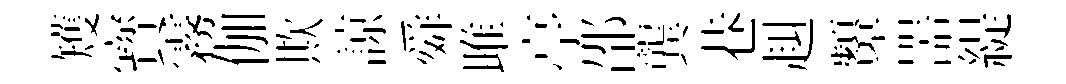
矱寳霧伽欺諒舜雎亭邵龔巷赳顰噐緹